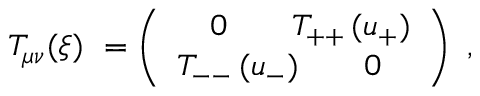
T _ { \mu \nu } ( \xi ) \ = \left( \begin{array} { l l } { { \quad 0 \quad \quad T _ { + + } \, ( u _ { + } ) } } \\ { { T _ { -- } \, ( u _ { - } ) \quad \quad 0 } } \end{array} \right) \ ,